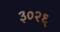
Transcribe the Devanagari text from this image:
३०२६